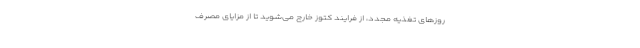
روزهای تغذیه مجدد، از فرایند کتوز خارج می‌شوید تا از مزایای مصرف